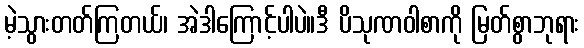
မဲ့သွားတတ်ကြတယ်၊ အဲဒါကြောင့်ပါပဲ။ဒီ ပိသုဏဝါစာကို မြတ်စွာဘုရား